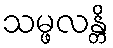
သမ္ဖလန္တိ